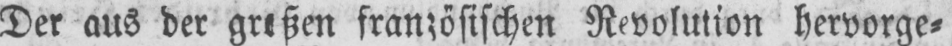
Der aus der großen französischen Revolution hervorge⸗